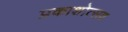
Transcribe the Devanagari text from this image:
प्रकाशोत्‍सव